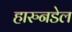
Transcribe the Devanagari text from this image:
हारुनडेल